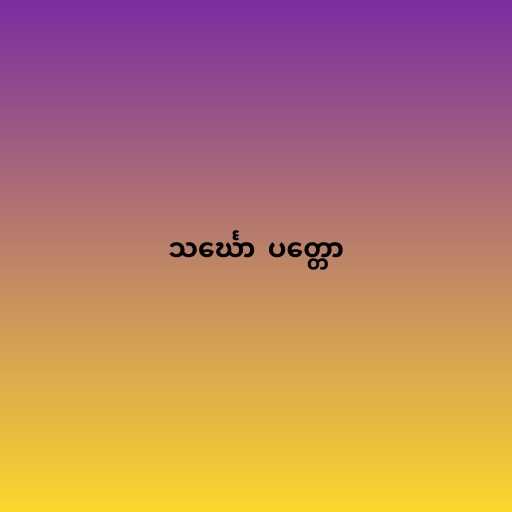
သင်္ဃော  ပတ္တော